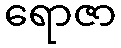
ရောဇာ